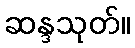
ဆန္ဒသုတ်။